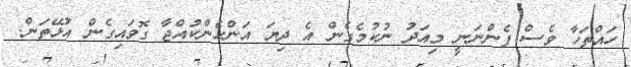
ހައްތަހާ ވެސް ފެންނަނީ މިއަދު ނުކުމެގެން އެ ދިޔަ އަންހެންކުއްޖާ ގޮވައިގެން އުޅޭތަން.